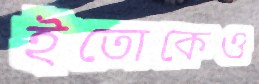
ইতোকেও